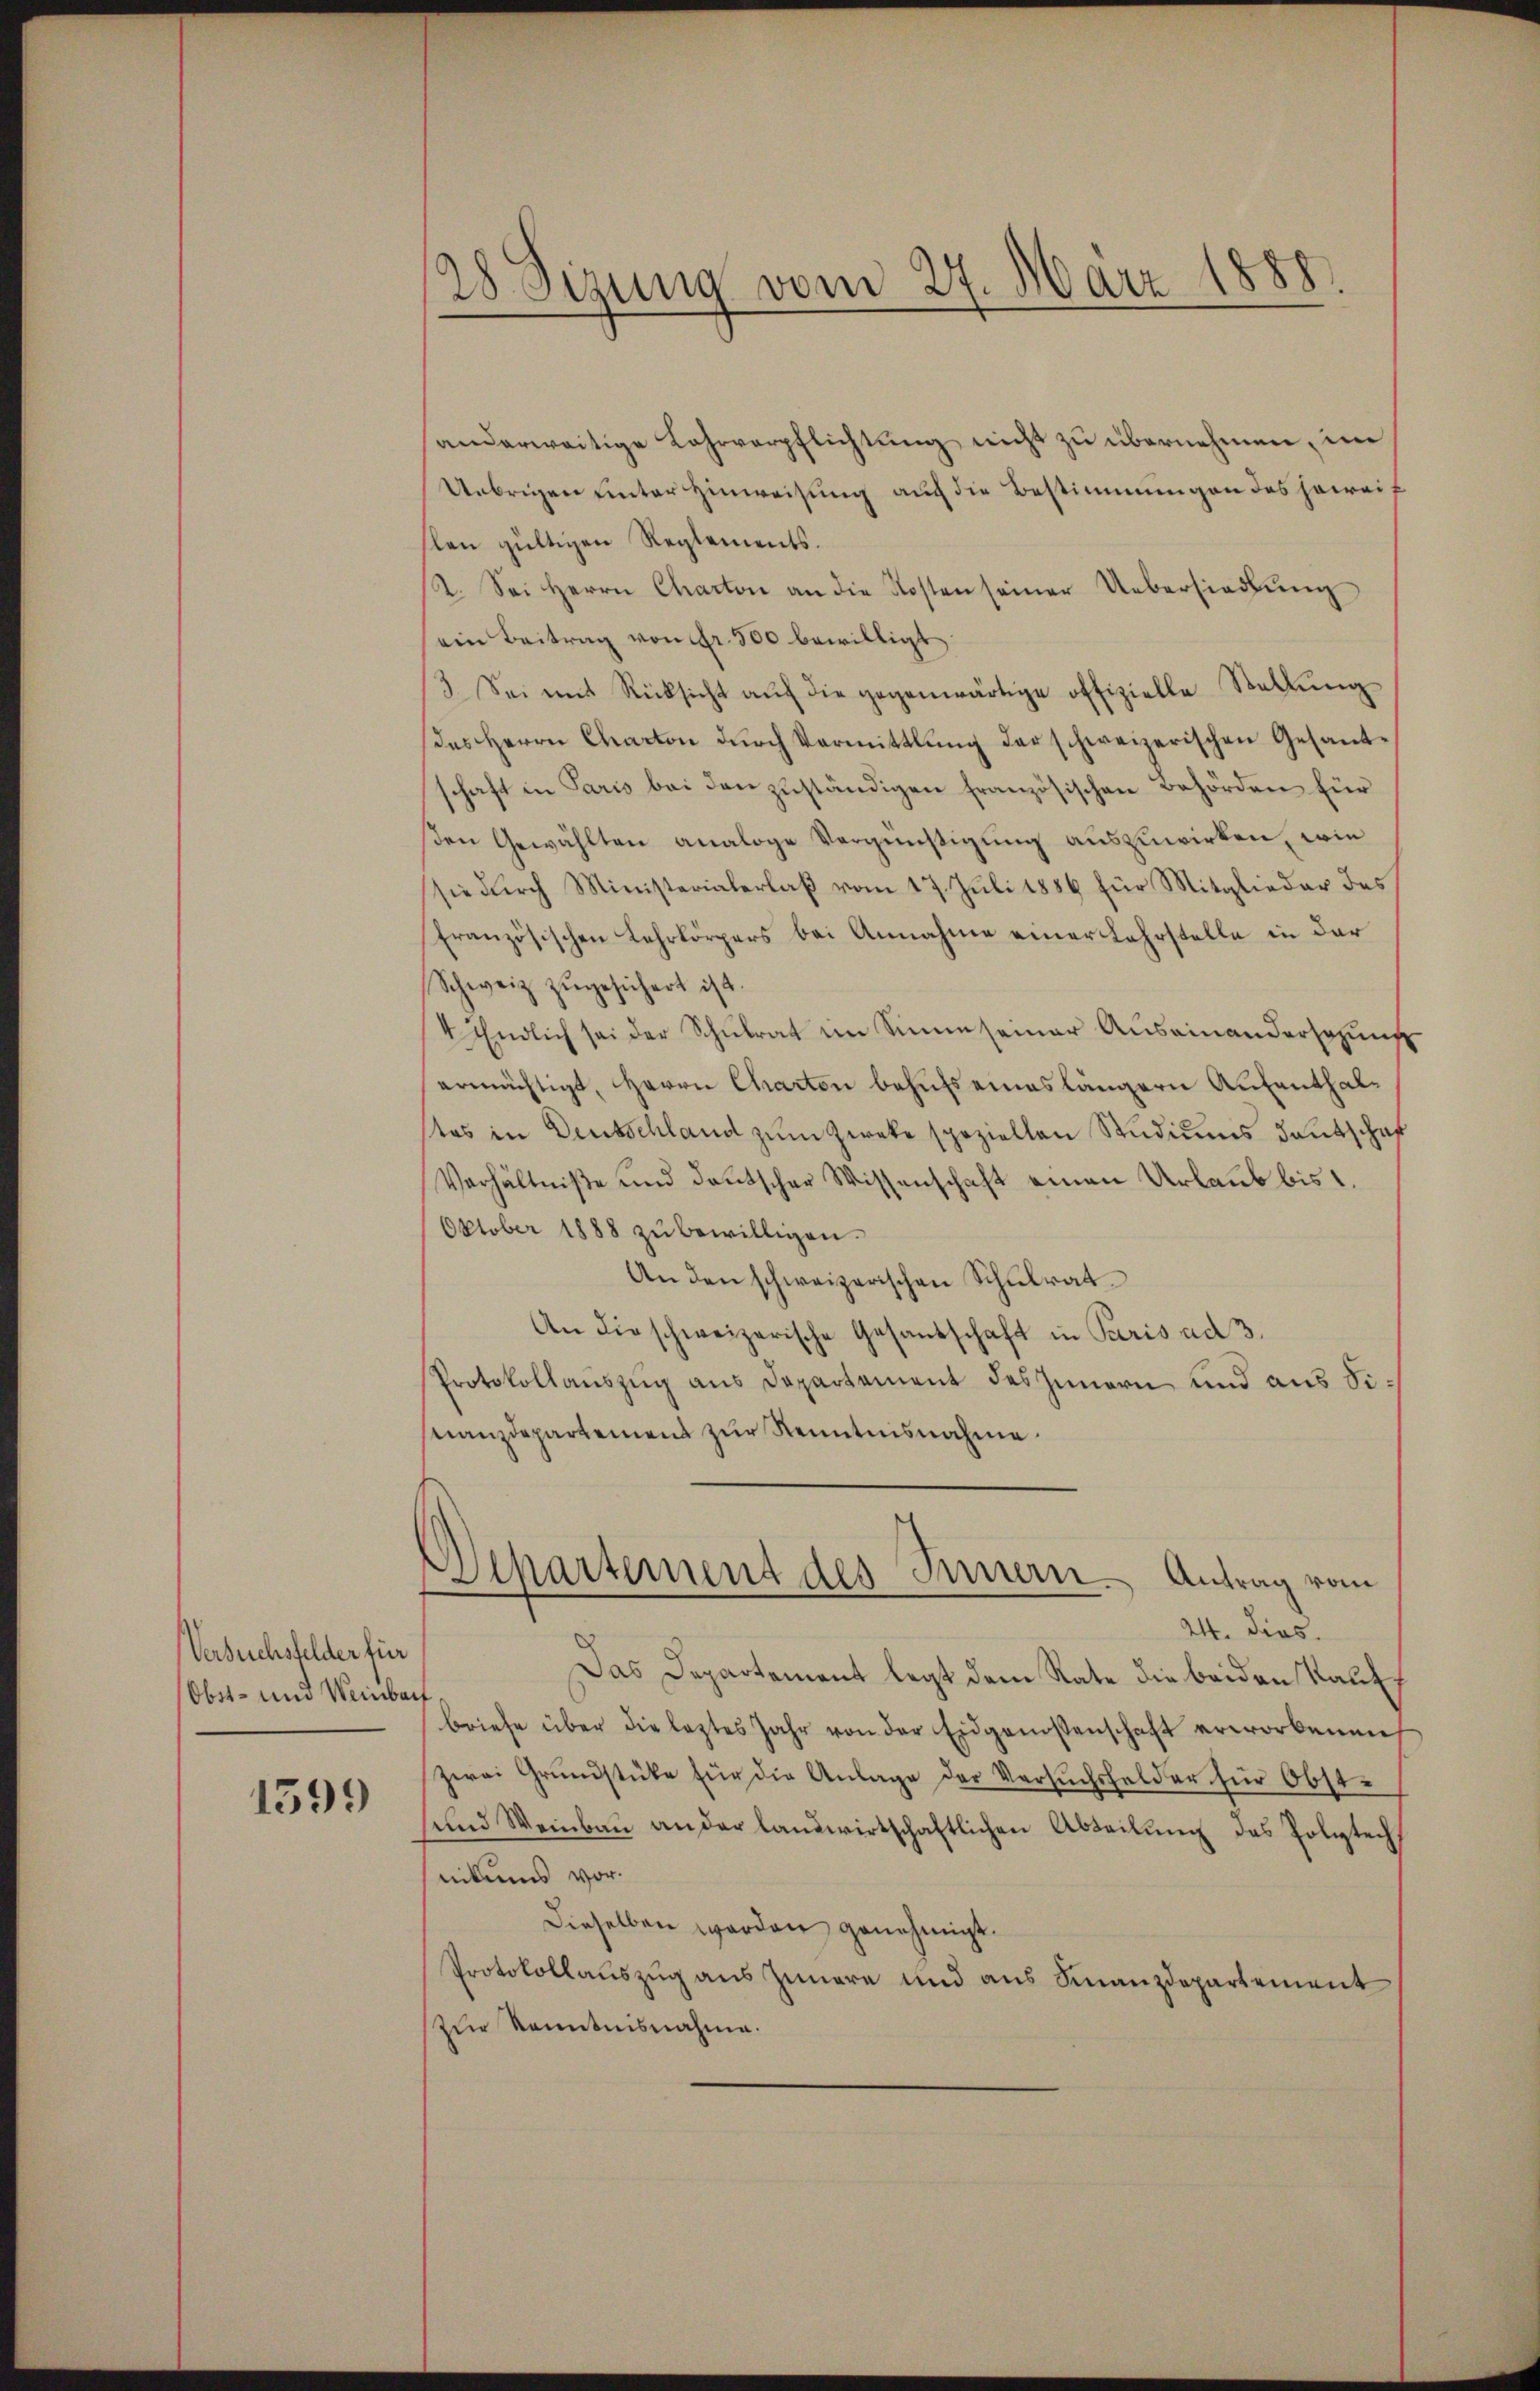
Versuchsfelder für
Ober- und Weinbar

1599

28 Sizung vom 27. März 1888.

anderweitige Lahrverpflichtung nicht zu übernehmen, im
Uebrigen unter Hinweisung auch die Bestimmungen des hereit
slen gültigen Reglements.
12. Sei Herrn Charton an die Kosten seiner Uebersiedlŭng
ein Beitrag von Fr. 500 bewilligt
3. Sei mit Rücksicht aŭf die gegenwärtige offizielle Stellŭng
des Herrn Charton dŭrch Vormittlung der schweizerischen Gesandschaft in Paris bei den zuständigen französischen Behörden für
en Gewählten analoge Vergünstigung auszuwirken, wie
sie durch Ministerialerlaß vom 17. Juli 1886 für Mitglieder des
französischen Lehrkörpers bei Annahme einer Lehrstelle in der
Schweiz zŭgesichert ist.
4 Endlich sei der Schulrat im Sinne seiner Auseinandersezung
ermächtigt, Herrn Charton behufs eines längern Aufenthaltes in Deutschland zŭm Zweke speziellen Studiums deutschaf
Verhältniße und deutscher Wissenschaft einen Urlaub bis 1.
Oktober 1888 zŭ bewilligen.
An den schweizerischen Schulrat.
An die schweizerische Gesantschaft in Paris ad 3.
Protokollauszug aus Departement des Innern und aus Sinanzdepartement zur Kenntnisnahme.
Departement des Innern. Antrag vom
24. dies.
Das Departement legt dem Rate die beiden Kauf¬
.
briefe über die leztes Jahr von der Eidgenossenschaft erworbenen
Zwai Grŭndstüke für die Anlage der Versuchsfelder für Obst-
und Weinbaŭ an der landwirtschaftlichen Abteilŭng das Polytech
nikums vor.
Dieselben worden genehmigt.
Protokollauszug aus Innere und aus Finanzdepartement
zur Kenntnisnahme.